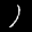
Label: 1